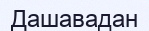
Дашавадан